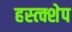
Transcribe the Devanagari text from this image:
हस्त्क्शेप